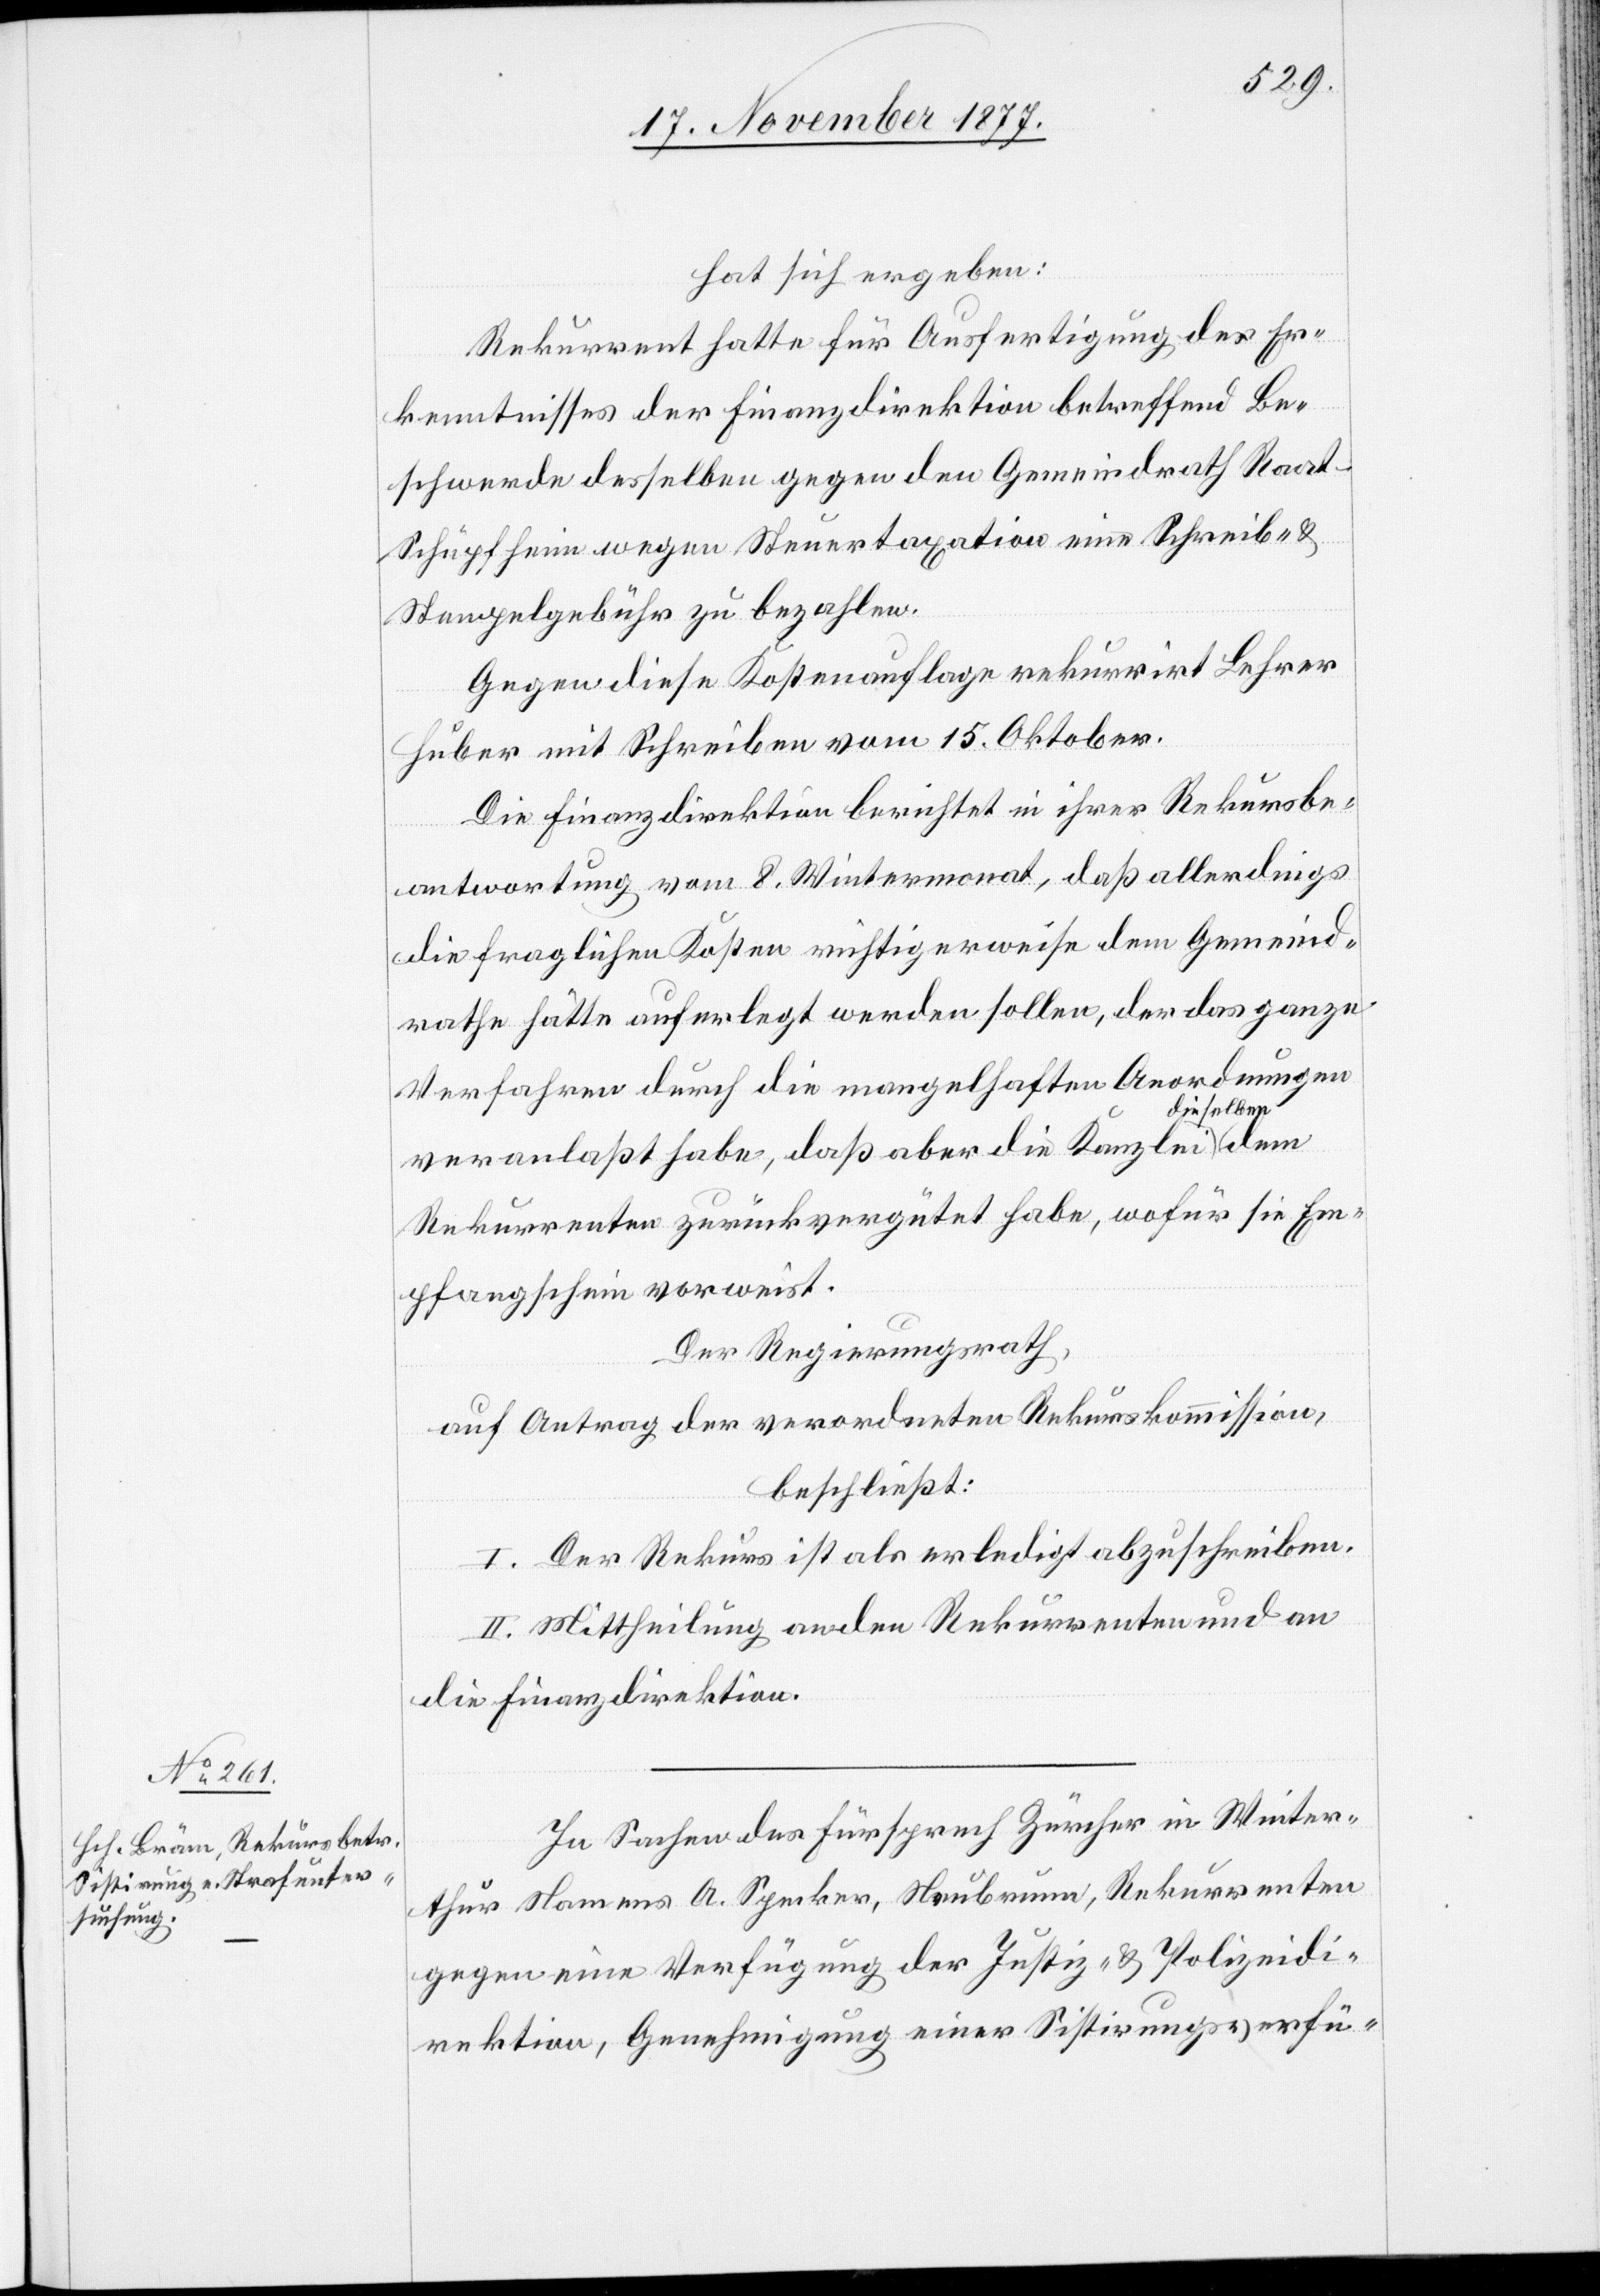
hat sich ergeben:
Rekurrent hatte für Ausfertigung des Er¬
kenntnisses der Finanzdirektion betreffend Be¬
schwerde desselben gegen den Gemeindrath Raa¬
t-Schüpfheim wegen Steuertaxation eine Schreib- &
Stempelgebühr zu bezahlen.
Gegen diese Kostenauflage rekurrirt Lehrer
Huber mit Schreiben vom 15. Oktober.
Die Finanzdirektion berichtet in ihrer Rekursbe¬
antwortung vom 8. Wintermonat, daß allerdings
die fraglichen Kosten richtigerweise dem Gemeind¬
rathe hätte auferlegt werden sollen, der das ganze
Verfahren durch die mangelhaften Anordnungen
ieselben
veranlaßt habe, daß aber die Kanzlei d¬
Rekurrenten zurückvergütet habe, wofür sie Em¬
pfangschein vorweist.
Der Regierungsrath,
auf Antrag der verordneten Rekurskommission,
beschließt:
I. Der Rekurs ist als erledigt abzuschreiben.
II. Mittheilung an den Rekurrenten und an
die Finanzdirektion.
In Sachen des Fürsprech Zürcher in Winter¬
thur Namens A. Specker, Neubrunn, Rekurrenten
gegen eine Verfügung der Justiz- & Polizeidi¬
rektion, Genehmigung einer Sistirungsverfü-